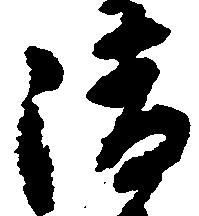
清